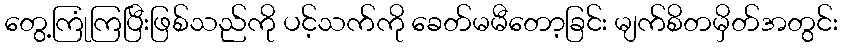
တွေ့ကြုံကြပြီးဖြစ်သည်ကို ပင့်သက်ကို ခေတ်မမီတော့ခြင်း မျက်စိတမှိတ်အတွင်း